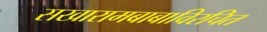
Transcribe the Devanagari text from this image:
सखारामबाबाविरचित